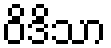
ဝိဒိသာ